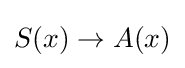
S(x)\to A(x)